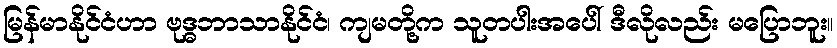
မြန်မာနိုင်ငံဟာ ဗုဒ္ဓဘာသာနိုင်ငံ၊ ကျမတို့က သူတပါးအပေါ် ဒီလိုလည်း မပြောဘူး။